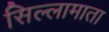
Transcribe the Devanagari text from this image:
सिल्लामाता